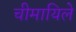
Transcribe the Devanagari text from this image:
चीमायिले